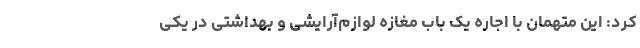
کرد: این متهمان با اجاره یک باب مغازه لوازم‌آرایشی و بهداشتی در یکی